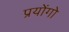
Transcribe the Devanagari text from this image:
प्रयोंगो